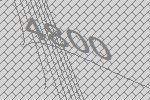
4800